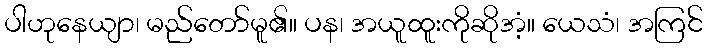
ပါဟုနေယျာ၊ မည်တော်မူ၏။ ပန၊ အယူထူးကိုဆိုအံ့။ ယေသံ၊ အကြင်